Civil Veterinary Department Bihar reports 1940-50 - 1940-1950
Year: 1940
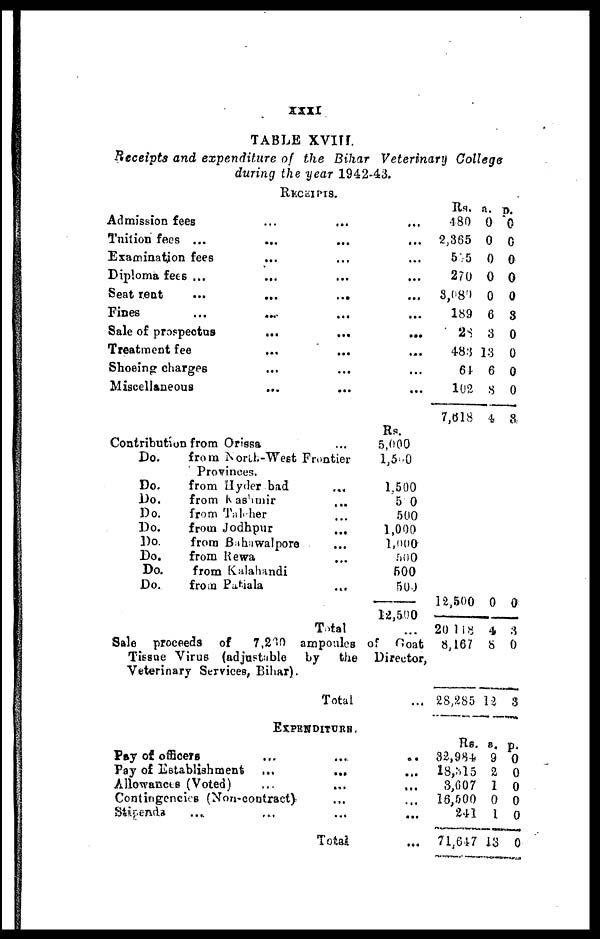
XXXI
TABLE XVIII.
Receipts and expenditure of the Bihar Veterinary College
during the year 1942-43.
RECEIPTS.
Admission fees ... ...
Tuition fees ... ... ...
Examination fees ... ...
Diploma fees ... ... ...
Seat rent
...
...
...
Fines ... ... ...
Sale of prospectus ... ...
Treatment fee ... ...
Shoeing charges ... ...
Miscellaneous ... ...
Contribution from Orissa ...
Do.
from North-West Frontier
Provinces.
Do.
from Hyderbad ...
Do.
from Kashmir ...
Do.
from Taleher ...
Do.
from Jodhpur ...
Do.
from Bahawalpore ...
Do.
from Rewa ...
Do.
from Kalahandi
Do.
from Patiala ...
Total
...
...
...
...
...
...
...
....
...
...
Rs.
5,000
1,500
1,500
500
500
1,000
1,000
500
500
500
12,500
...
Sale proceeds of
7,260 ampoules of Goat
Tissue Virus (adjustable
by
the Director,
Veterinary Services, Bihar).
Total
EXPENDITURE.
Pay of officers ... ...
Pay of Establishment ...
...
Allowances (Voted)
Contingencies (Non-contract)
Stipenda
...
Total
...
...
...
...
...
...
...
Rs.
480
2,365
555
270
3,080
189
2S
483
64
102
7,618
12,500
20,118
8,167
28,285
Rs.
32,984
18,315
3,607
16,500
241
71,647
a.
0
0
0
0
0
6
3
13
6
8
4
0
4
8
12
a.
9
2
1
0
1
13
p.
0
0
0
0
0
3
0
0
0
0
3
0
3
0
3
p.
0
0
0
0
0
0